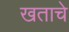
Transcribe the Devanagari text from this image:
खताचे